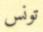
تونس